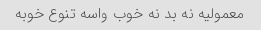
معمولیه نه بد نه خوب واسه تنوع خوبه